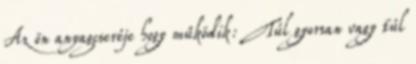
Az ön anyagcseréje hogy működik: Túl gyorsan vagy túl